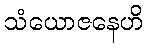
သံယောဇနေဟိ